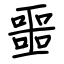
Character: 噩